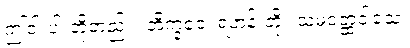
ဤငါးပါးတို့တည်း။ ဘိက္ခဝေ၊ ရဟန်းတို့။ သမဝတ္ထဝါသေ၊